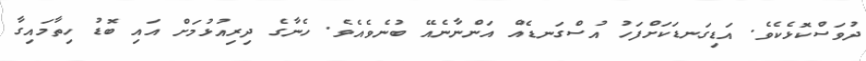
ދުވަސްކޮޅެކެވެ. އަޑިގަނޑަކަށްފަހު އުސްގަނޑެއް އަންނާނެއޭ ބުނެވެއެވެ. ހެނާގެ ދިރިއުޅުމަށް އައި ބޮޑު ހިތާމައިގާ